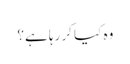
وہ کیا کر رہا ہے؟